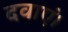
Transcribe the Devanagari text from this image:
दवाएं।